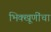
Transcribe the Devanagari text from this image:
भिक्खूणींचा